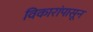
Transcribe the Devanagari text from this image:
विकारांपासून